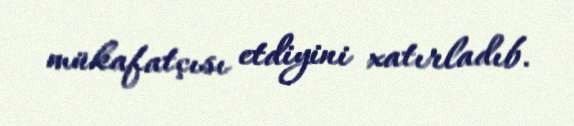
mükafatçısı etdiyini xatırladıb.